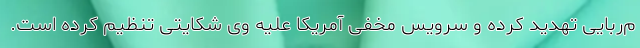
م‌ربایی تهدید کرده و سرویس مخفی آمریکا علیه وی شکایتی تنظیم کرده است.